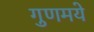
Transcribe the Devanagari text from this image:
गुणमये